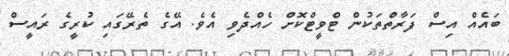
ބައެއް އިސް ފަރާތްތަކުން ޓްވީޓްކޮށް ހެއްދެވި އެވެ. އޭގެ ތެރޭގައި ކުރީގެ ރައީސް